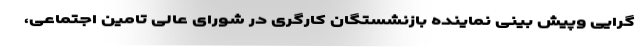
گرایی وپیش بینی نماینده بازنشستگان کارگری در شورای عالی تامین اجتماعی،